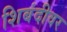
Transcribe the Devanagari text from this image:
शिबंदीवर